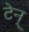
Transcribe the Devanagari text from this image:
टेन्